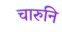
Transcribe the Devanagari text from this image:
चारुनि